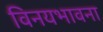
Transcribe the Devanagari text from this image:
विनयभावना